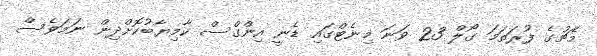
މެޗުގެ ފުރަތަމަ ގޯލް 23 ވަނަ މިނެޓްގައި ޑެނީ އިންގްސް ކާމިޔާބުކޮށްދިން ނަމަވެސް